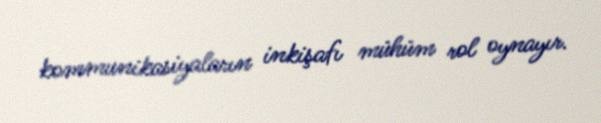
kommunikasiyaların inkişafı mühüm rol oynayır.